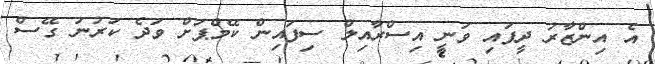
އެ އިންޒާރު ދީފައި ވަނީ އިސްރާއިލް ސިފައިން ކޭމްޕަށް ވަދެ ކަރުނަ ގޭސް